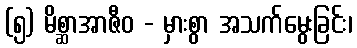
(၅) မိစ္ဆာအာဇီဝ - မှားစွာ အသက်မွေးခြင်း၊